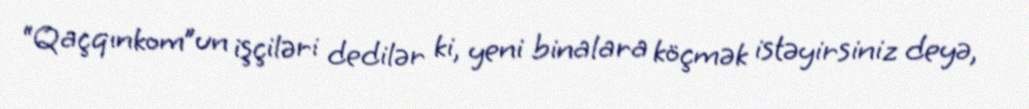
“Qaçqınkom”un işçiləri dedilər ki, yeni binalara köçmək istəyirsiniz deyə,